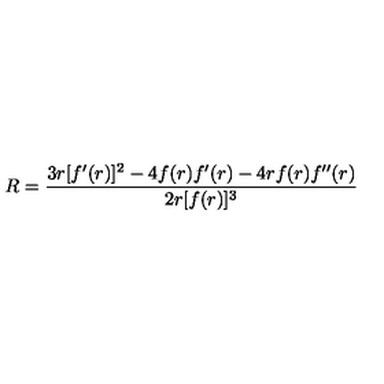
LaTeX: R = { \frac { 3 r [ f ^ { \prime } ( r ) ] ^ { 2 } - 4 f ( r ) f ^ { \prime } ( r ) - 4 r f ( r ) f ^ { \prime \prime } ( r ) } { 2 r [ f ( r ) ] ^ { 3 } } }